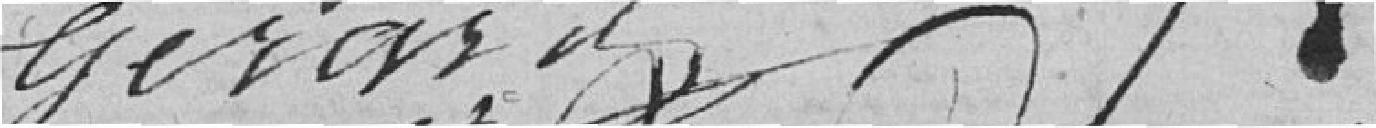
GERARD